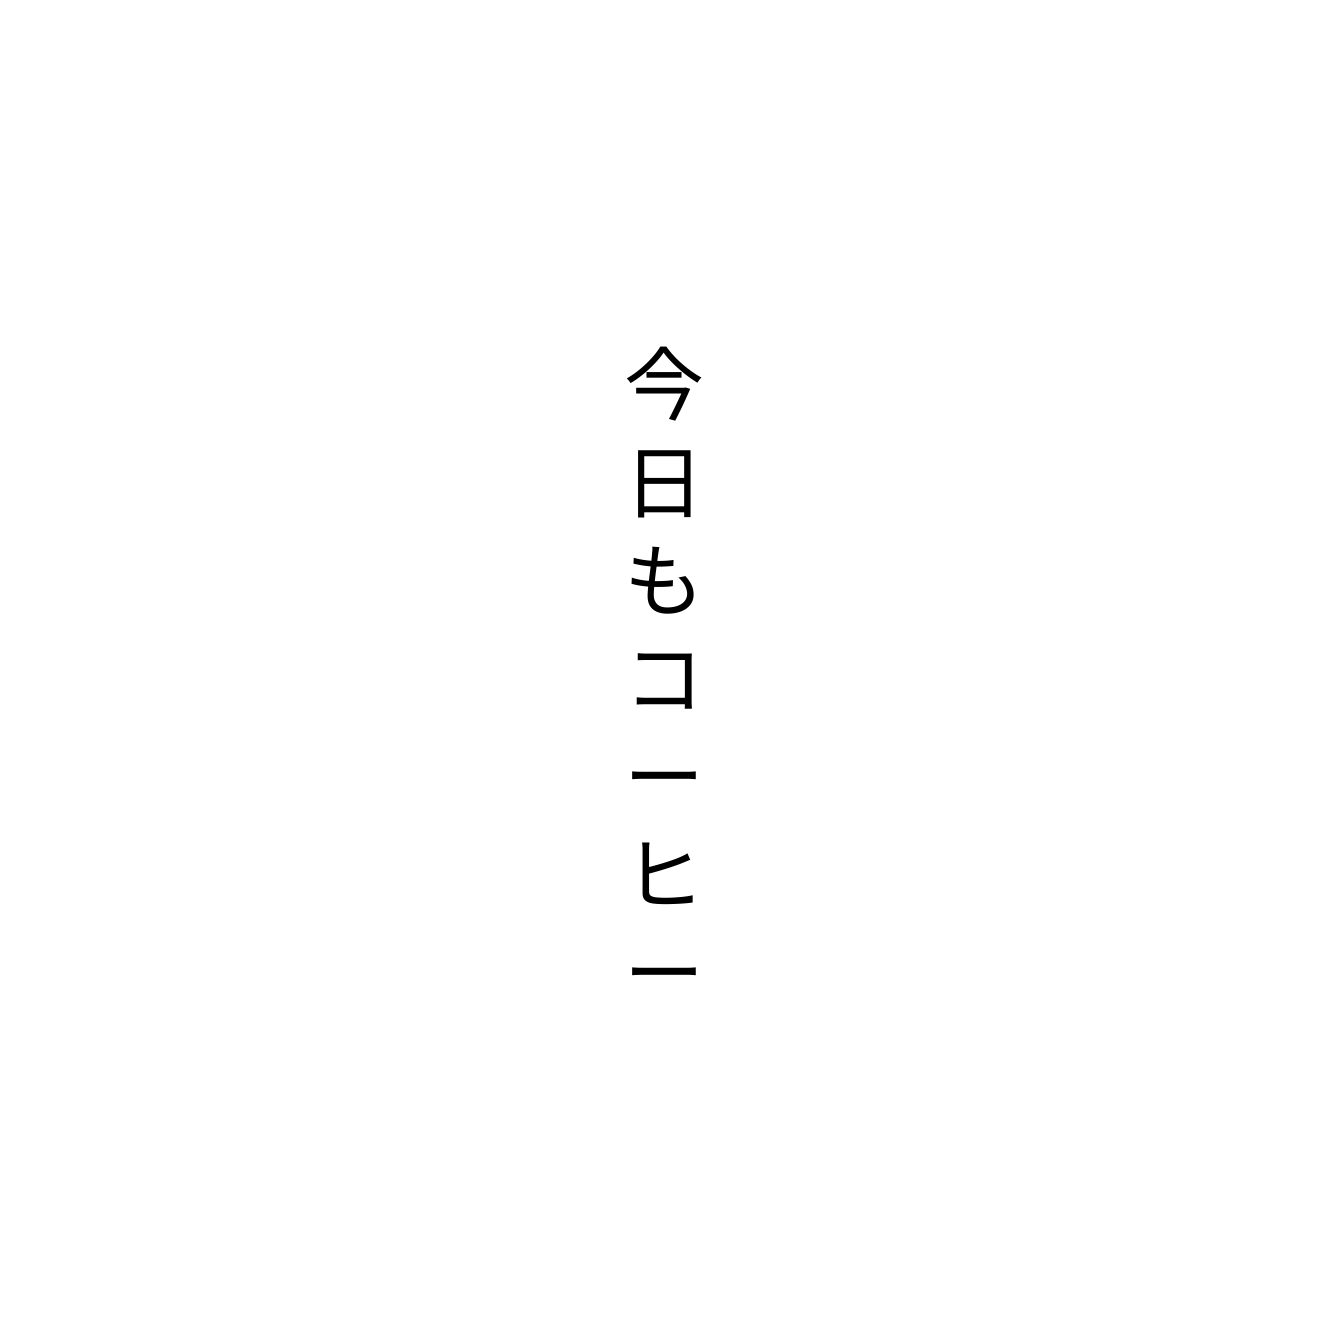
今日もコーヒー